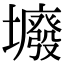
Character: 𡓊